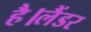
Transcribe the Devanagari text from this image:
है।लैंडर